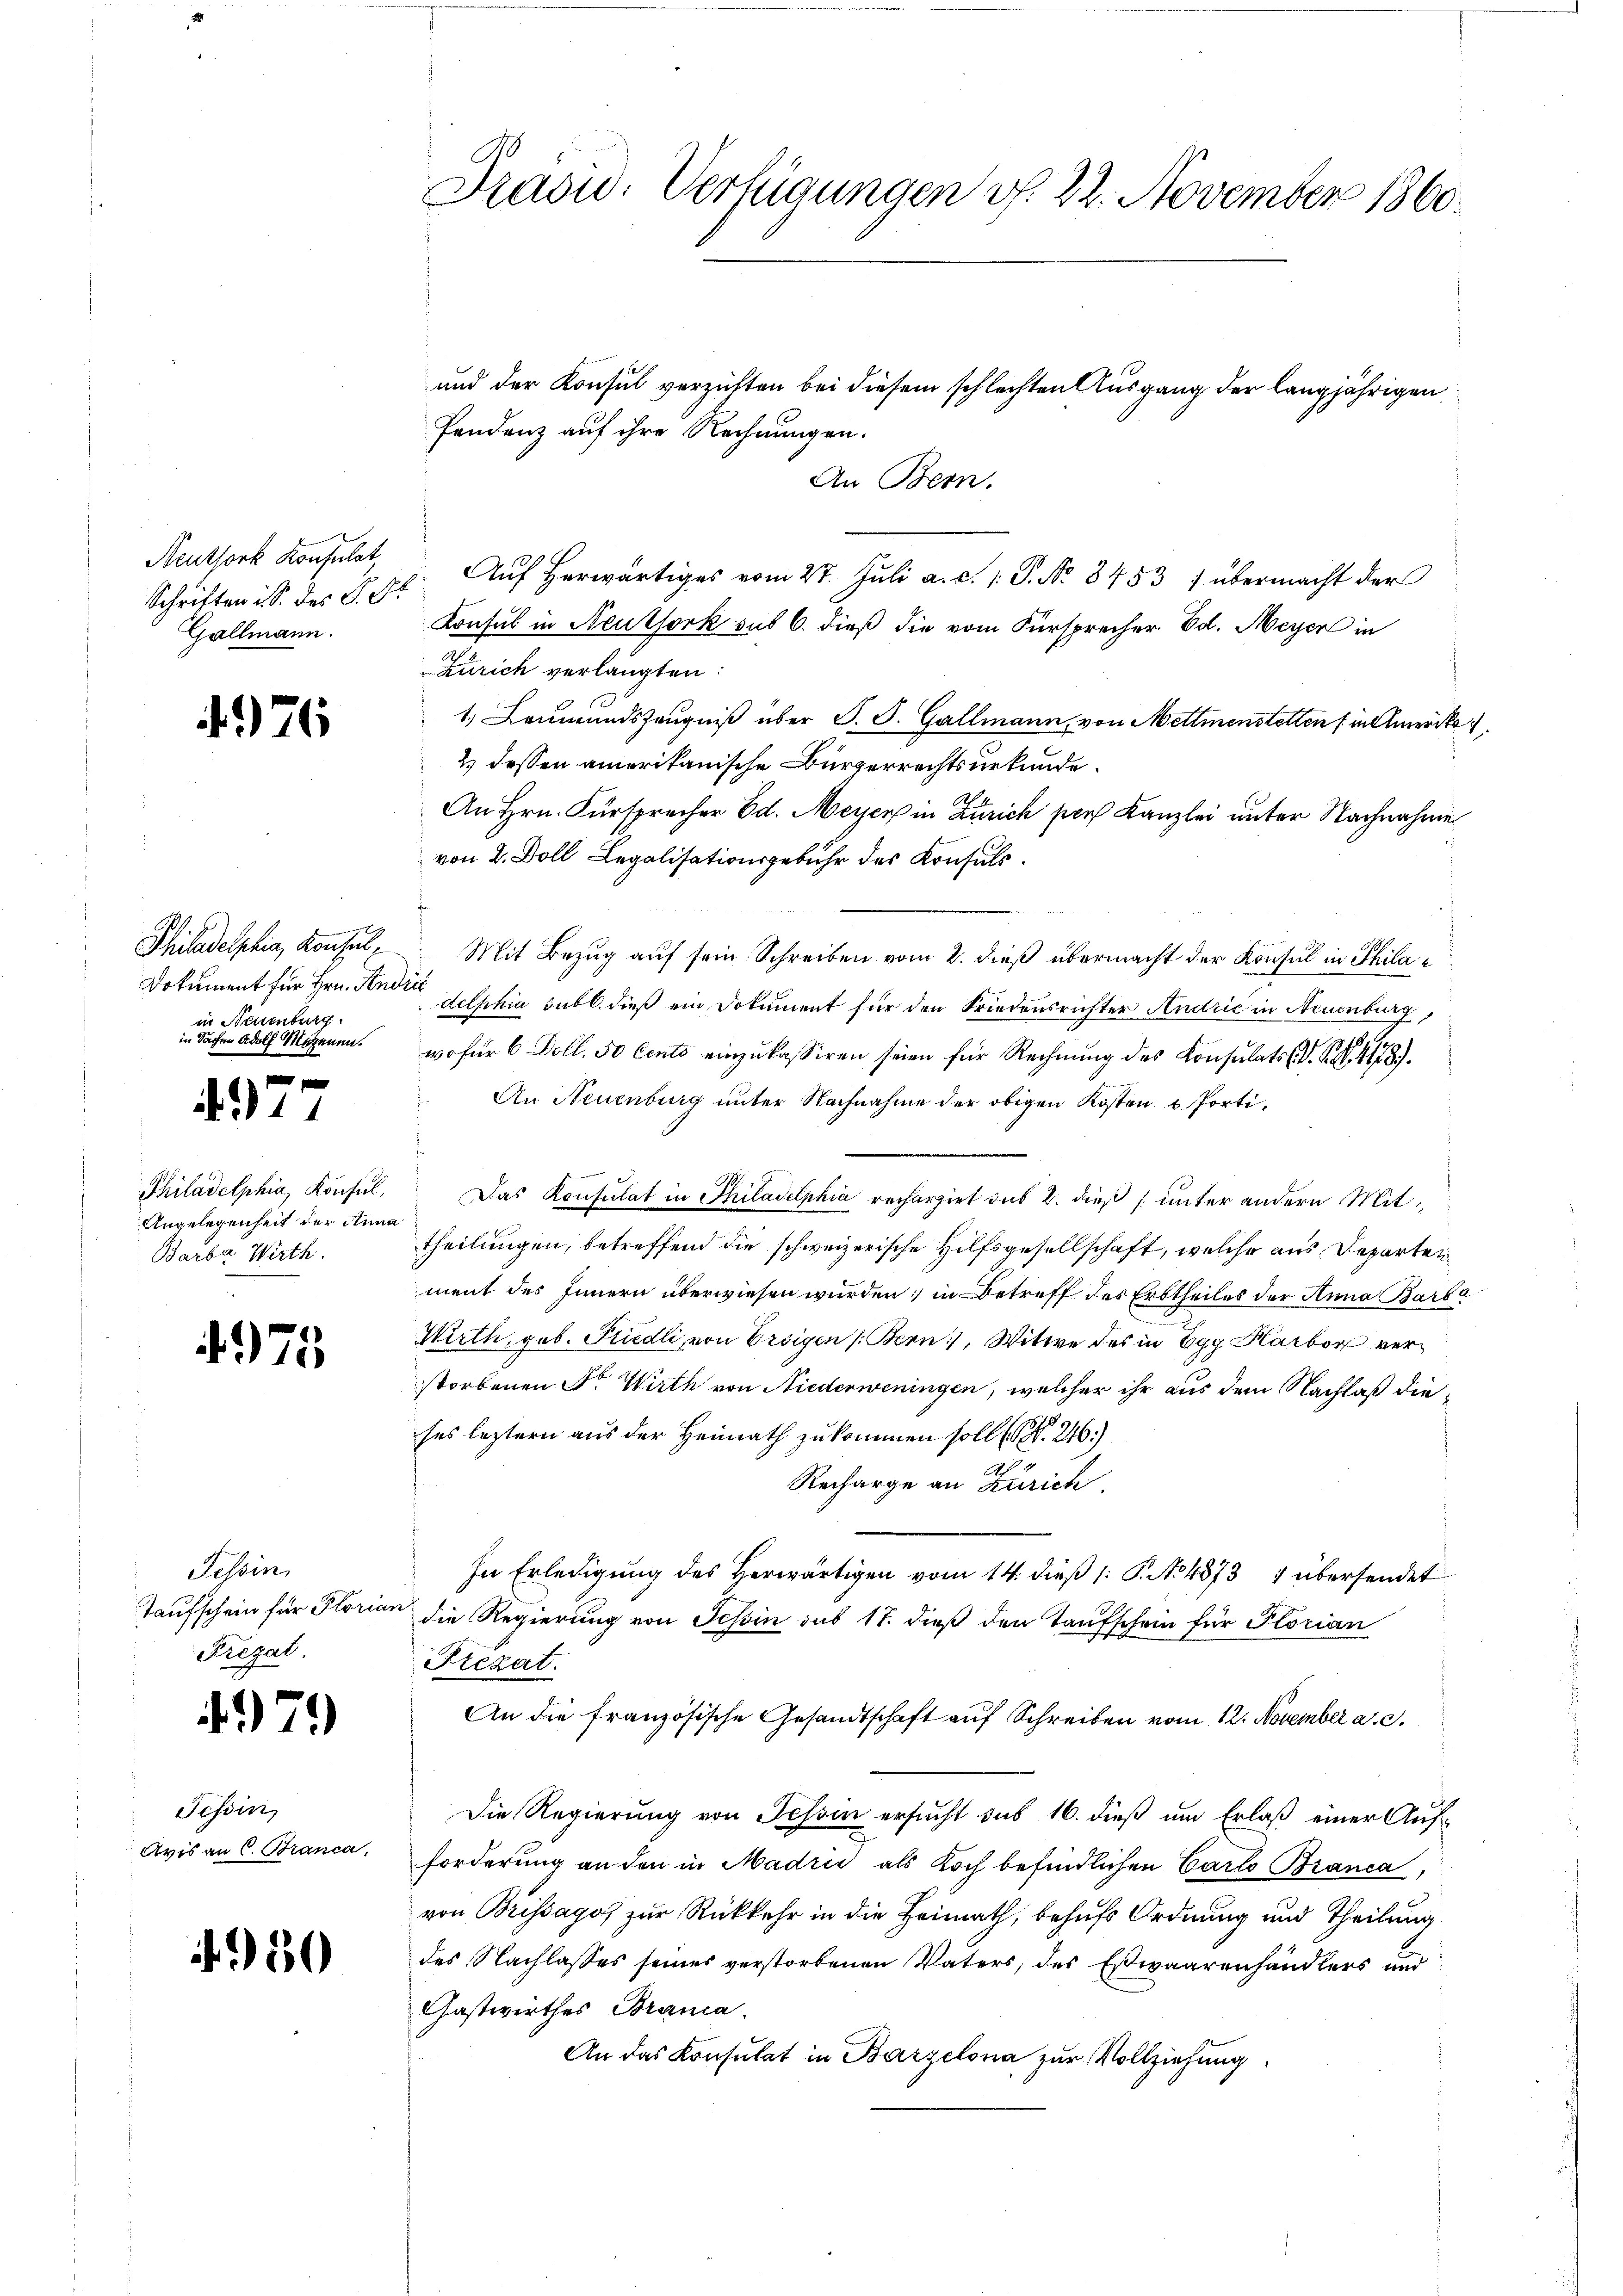
Neuthork Konsulat
Schriften i S. des P. F.
Gallmann.

.376

.
Dokument für Hrn. Andris
in Neuenburg
in Sachen Adolf Morgenen.

t
3

Philadelphia, Konsul
Angelegenheit der Anna
Barba Wirth.

)

7

75

Tessin
Frezat.

4979)

Tessin,
Avis an C. Branca,

4950

Präsid. Verfügungen vf. 22. November 1860.

und der Konsul verzichten bei diesem schlechten Ausgang der langjährigen
Pendenz auf ihre Rechnungen.
An Bern.
Auf herwärtiges vom 27. Juli a. c. 1 S. No. 8753 7 übermacht der
Konsul in Neuthork sub 6. dieß die vom Fürsprecher Ed. Meyer in
Zürich verlangten:
1.) Leumundszeugniß über S. S. Gallmann, von Mettmenstetten (in Amerika
4 dessen amerikanische Bürgerrechtsurkunde.
An Hrn. Fürspracher Ed. Meyer in Zürich pers Kanzlei unter Nachnahme
von 2. Doll Legalisationsgebühr des Konsuls.
Philadelphia, Konsul, Mit Bezug auf sein Schreiben vom 2. dieß übermacht der Konsul in Philadelphia sub b. dieß ein Dokument für den Friedensrichter Andrie in Neuenburg,
wofür 6 Doll. 50 Cento einzukassiren seien für Rechnung des Konsulats (S. S. 478).
An Neuenburg unter Nachnahme der obigen Kosten u. Porti¬
Das Konsulat in Philadelphia rechargiet das 2. dieß unter andern Mit
Theilungen, betreffend die schweizerische Hilfsgesellschaft, welche aus Departerment des Innern überwiesen würden; in Betreff des Erbtheiles der Anna Barba¬
Wirth, geb. Friedli, von Ersigen (Bern, Witwe des in Egg Harbor verstorbenen Sr. Wirth von Niederweningen, welcher ihr aus dem Nachlaß dieses leztern aus der Heimath zukommen soll. S. 246.)
Recharge an Zürich.
In Erledigung des Herwärtigen vom 14. dieß (: P. No 4873 übersendet
Taufschein für Florian die Regierung von Schin sub 17. dieß den Taufschein für Florian
Prezat.
An die französische Gesandtschaft auf Schreiben vom 12. November a. c.
Die Regierung von Schein ersucht das 16. dieß um Erlaß einer Aufforderung an den in Madrić als Koch befindlichen Carto Branca,
von Brissagos zur Rückkehr in die Heimath, behufs Ordnung und Theilung
des Nachlasses seines verstorbenen Vaters, des Eswaarenhändlers und
Gastwirthes Brana.
An das Konsulat in Barzelona zur Vollziehung